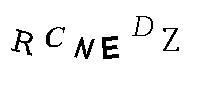
RCNEDZ